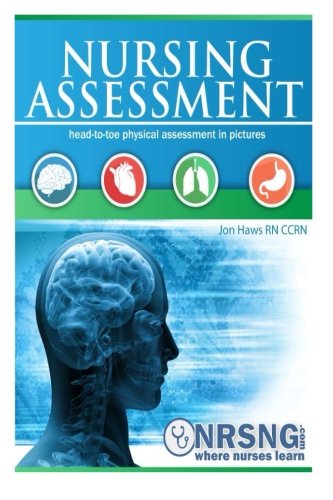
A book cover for Nursing Assessment: Head-to-Toe Assessment in Pictures (Health Assessment in Nursing); Jon Haws; Medical Books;